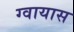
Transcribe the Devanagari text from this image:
ग्वायास